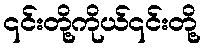
၎င်းတို့ကိုယ်၎င်းတို့